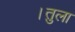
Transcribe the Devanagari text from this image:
।तुला